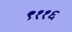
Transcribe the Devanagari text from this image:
९११६